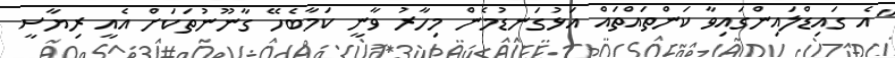
"އެ ގައިޑްލައިންގައިވާ ކަންތައްތައް އަޅުގަނޑުމެން މިހާރު ވާނީ ކަމާބެހޭ ގާނޫނުތަކަށް އެއީ ރިޔާސީ